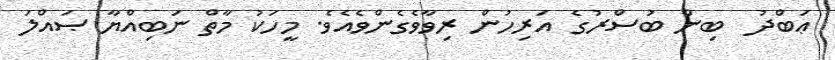
ޢަބްދު  ބިން ބުސްރުގެ އަރިހުން ރިވާވެގެންވެއެވެ. މީހަކު މާތް ނަބިއްޔާ ޞައްލަ